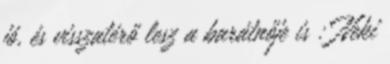
jó, és visszatérő lesz a barátnője is : Neki